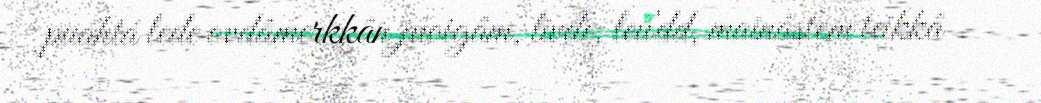
puáhtá leđe ovdâmerkkân juoigâm, livđe, leu'dd, mainâstem teikkâ